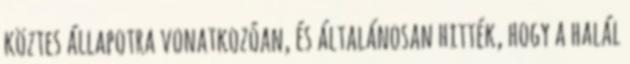
köztes állapotra vonatkozóan, és általánosan hitték, hogy a halál